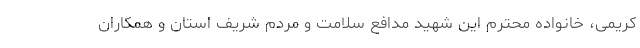
کریمی، خانواده محترم این شهید مدافع سلامت و مردم شریف استان و همکاران